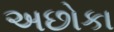
અછોકા